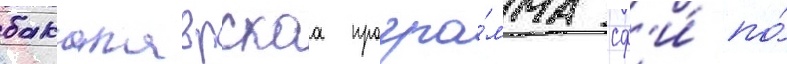
бакалаврскаа програ́мма сф'и́ по́